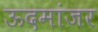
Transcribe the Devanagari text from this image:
ऊदमांजर